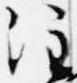
注